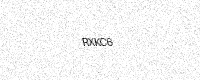
Text: RXKC6